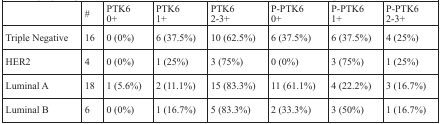
|  | # | PTK60+ | PTK61+ | PTK62-3+ | P-PTK60+ | P-PTK61+ | P-PTK62-3+ |
 | --- | --- | --- | --- | --- | --- | --- | --- |
 | Triple Negative | 16 | 0 (0%) | 6 (37.5%) | 10 (62.5%) | 6 (37.5%) | 6 (37.5%) | 4 (25%) |
 | HER2 | 4 | 0 (0%) | 1 (25%) | 3 (75%) | 0 (0%) | 3 (75%) | 1 (25%) |
 | Luminal A | 18 | 1 (5.6%) | 2 (11.1%) | 15 (83.3%) | 11 (61.1%) | 4 (22.2%) | 3 (16.7%) |
 | Luminal B | 6 | 0 (0%) | 1 (16.7%) | 5 (83.3%) | 2 (33.3%) | 3 (50%) | 1 (16.7%) |